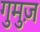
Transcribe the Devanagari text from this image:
गुमुज़